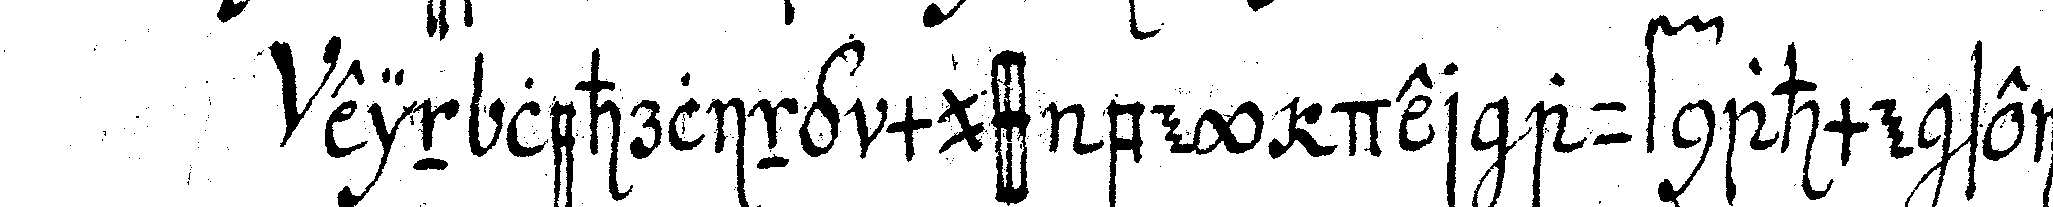
ein lehrling muss bey der aufnahme seine